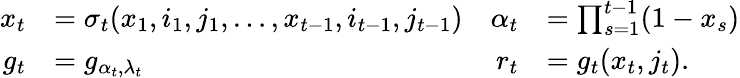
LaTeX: \begin{array}{rlrl}{x_{t}}&{=\sigma_{t}(x_{1},i_{1},j_{1},\dots,x_{t-1},i_{t-1},j_{t-1})}&{\alpha_{t}}&{=\prod_{s=1}^{t-1}(1-x_{s})}\\ {g_{t}}&{=g_{\alpha_{t},\lambda_{t}}}&{r_{t}}&{=g_{t}(x_{t},j_{t}).}\end{array}